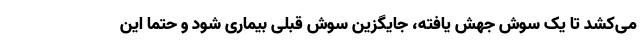
می‌کشد تا یک سوش جهش یافته، جایگزین سوش قبلی بیماری شود و حتما این